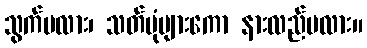
သွက်ပလား၊ သတ်ပုံများကော နားလည်ပလား။